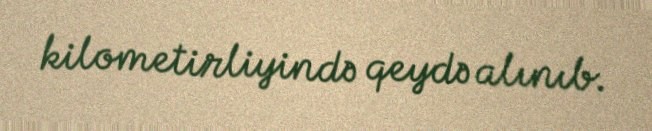
kilometirliyində qeydə alınıb.